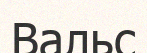
Вальс